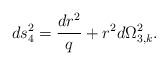
LaTeX: \begin{align*}ds_4 ^2 = \frac{dr^2}{q} + r^2 d\Omega_{3,k}^2 .\end{align*}